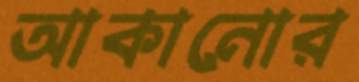
আকানোর